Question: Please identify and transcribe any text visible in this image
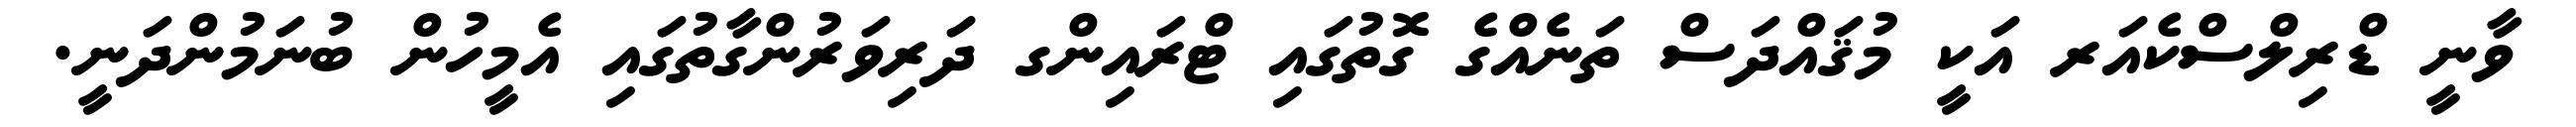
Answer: ވާނީ ޑްރިލްސްކެއަރ އަކީ މުޤައްދަސް ތަނެއްގެ ގޮތުގައި ޓްރައިންގ ދަރިވަރުންގާތުގައި އެމީހުން ބުނަމުންދަނީ.